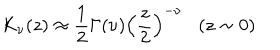
K _ { \nu } ( z ) \approx \frac { 1 } { 2 } \Gamma ( \nu ) \left( \frac { z } { 2 } \right) ^ { - \nu } ( z \sim 0 )